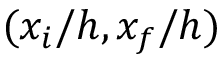
( x _ { i } / h , x _ { f } / h )